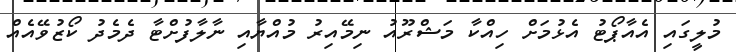
މުލީގައި އެއާޕޯޓު އެޅުމަށް ހިއްކާ މަޝްރޫއު ނިމޭއިރު މުއްޔާއި ނާލާފުށްޓާ ދެމެދު ކޯޒުވޭއެއް